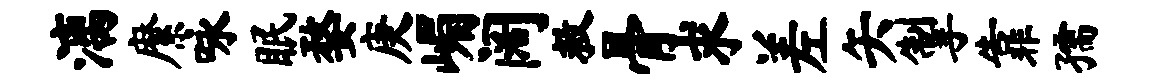
漓縻咏眠婺庚嵋阔救骨求差矢掣靠孺